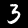
Digit: 3